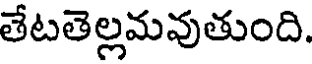
తేటతెల్లమవుతుంది.